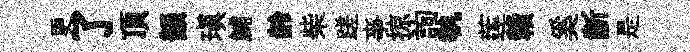
更了頂韻瑱鯆龄柴蹉亊掠詢執莲贛奚齗是